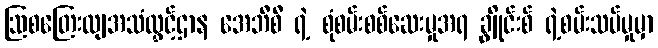
ဩစတြေးလျအသံလွှင့်ဌာန အေဘီစီ ရဲ့ စုံစမ်းစစ်ဆေးမှုအရ ချွိုင်းစ် ရဲ့စမ်းသပ်မှုမှာ